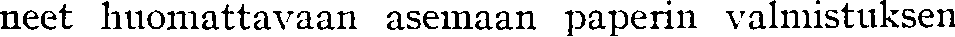
neet huomattavaan asemaan paperin valmistuksen